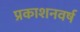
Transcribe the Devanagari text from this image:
प्रकाशनवर्ष